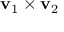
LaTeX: \mathbf { v } _ { 1 } \times \mathbf { v } _ { 2 }